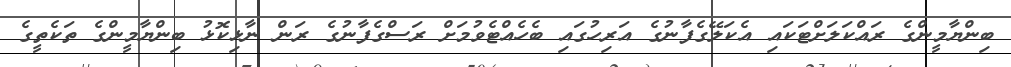
ބިންޔާމީންގެ ރައްކަލަށްޓަކައި އެކަލޭގެފާނުގެ އަރިހުގައި ބެހެއްޓެވުމަށް ރަސްގެފާނުގެ ރަން ނާޅިކޮޅު ބިންޔާމީންގެ ތަކެތީގެ